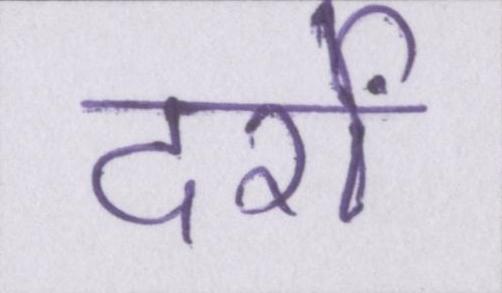
दर्रों